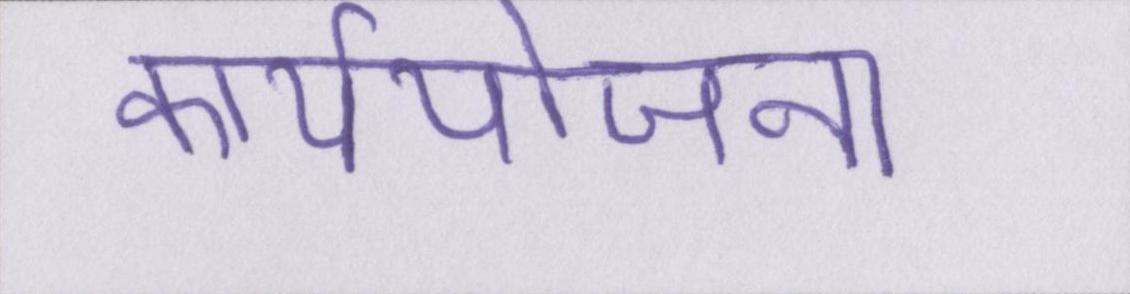
कार्ययोजना